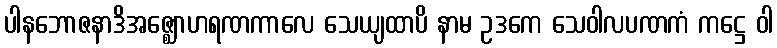
ပါနဘောဇနာဒိအဇ္ဈောဟရဏကာလေ သေယျထာပိ နာမ ဥဒကေ သေဝါလပဏကံ ကဋ္ဌေ ဝါ